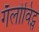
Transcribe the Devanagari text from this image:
गॅलोविट्स